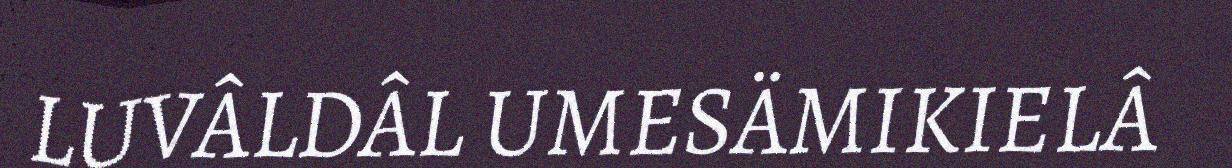
LUVÂLDÂL UMESÄMIKIELÂ